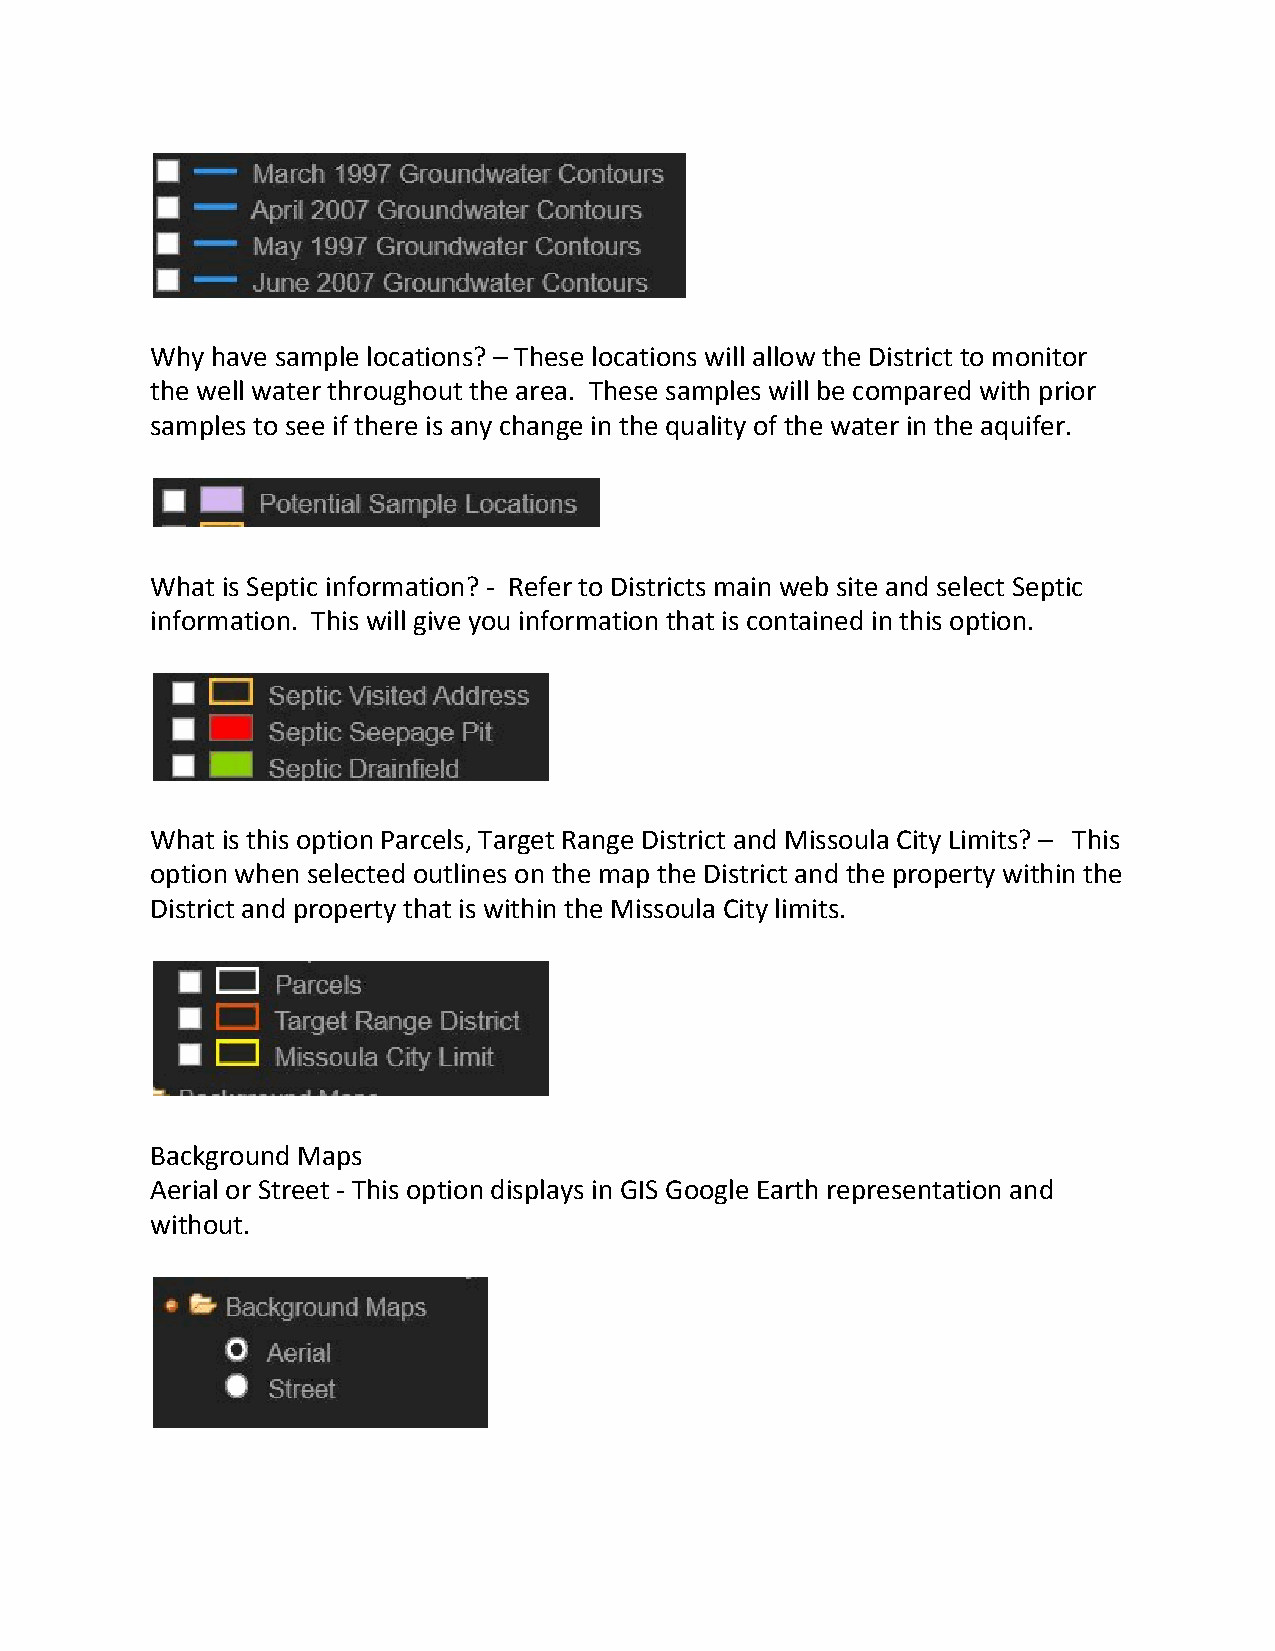
Why have sample locations? – These locations will allow the District to monitor
 the well water throughout the area. These samples will be compared with prior
 samples to see if there is any change in the quality of the water in the aquifer.
 What is Septic information? - Refer to Districts main web site and select Septic
 information. This will give you information that is contained in this option.
 What is this option Parcels, Target Range District and Missoula City Limits? – This
 option when selected outlines on the map the District and the property within the
 District and property that is within the Missoula City limits.
 Background Maps
 Aerial or Street - This option displays in GIS Google Earth representation and
 without.